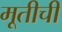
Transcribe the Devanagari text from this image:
मूतीची